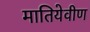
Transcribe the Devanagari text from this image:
मातियेवीण